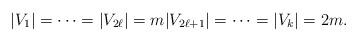
LaTeX: \begin{align*}|V_1| = \cdots = |V_{2\ell}|= m |V_{2\ell+1}| = \cdots = |V_k|= 2m.\end{align*}